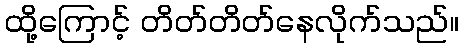
ထို့ကြောင့် တိတ်တိတ်နေလိုက်သည်။